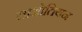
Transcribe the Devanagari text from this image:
लाओतियन